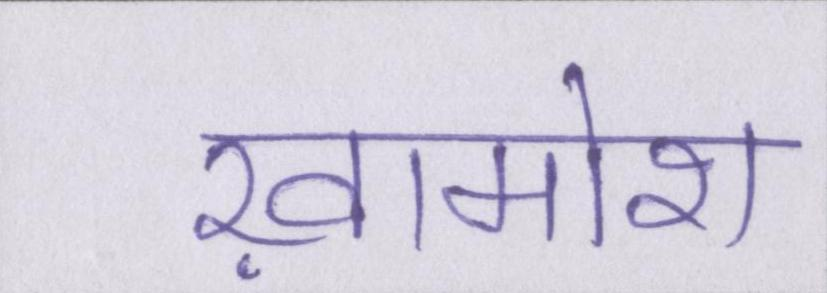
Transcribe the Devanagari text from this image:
ख़ामोश